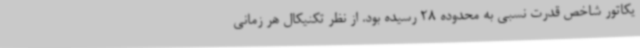
یکاتور شاخص قدرت نسبی به محدوده 28 رسیده بود. از نظر تکنیکال هر زمانی